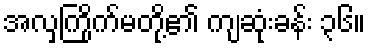
အလှကြိုက်မတို့၏ ကျဆုံးခန်း ၃၆။